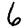
Digit: 6